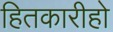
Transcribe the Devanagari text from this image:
हितकारीहो